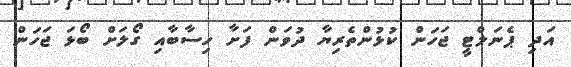
އަދި ޕެނަލްޓީ ޖަހަން ކުޅުންތެރިޔާ ދުވަން ފަށާ ހިސާބާއި ގޯލަށް ބޯޅަ ޖަހަން